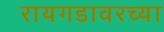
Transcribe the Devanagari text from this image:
रायगडावरच्या